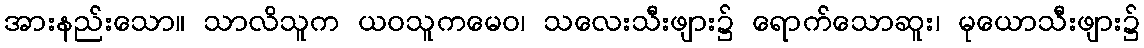
အားနည်းသော။ သာလိသူက ယဝသူကမေဝ၊ သလေးသီးဖျား၌ ရောက်သောဆူး၊ မုယောသီးဖျား၌